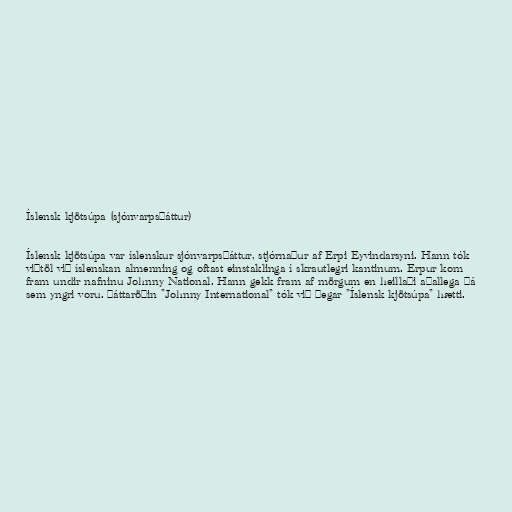
Íslensk kjötsúpa (sjónvarpsþáttur)

Íslensk kjötsúpa var íslenskur sjónvarpsþáttur, stjórnaður af Erpi Eyvindarsyni. Hann tók
viðtöl við íslenskan almenning og oftast einstaklinga í skrautlegri kantinum. Erpur kom
fram undir nafninu Johnny National. Hann gekk fram af mörgum en heillaði aðallega þá
sem yngri voru. Þáttaröðin "Johnny International" tók við þegar "Íslensk kjötsúpa" hætti.